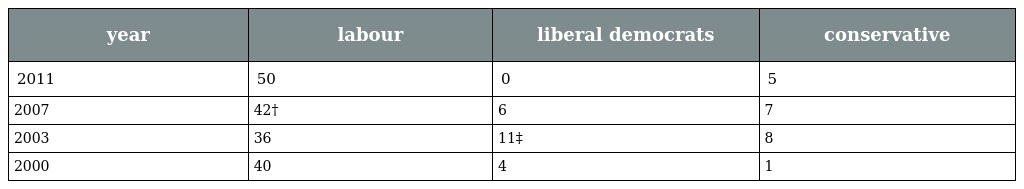
| year | labour | liberal democrats | conservative |
 | --- | --- | --- | --- |
 | 2011 | 50 | 0 | 5 |
 | 2007 | 42† | 6 | 7 |
 | 2003 | 36 | 11‡ | 8 |
 | 2000 | 40 | 4 | 1 |